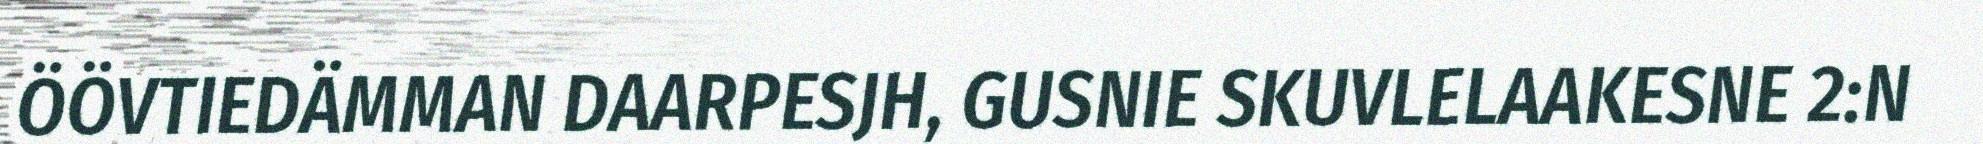
ÖÖVTIEDÄMMAN DAARPESJH, GUSNIE SKUVLELAAKESNE 2:N